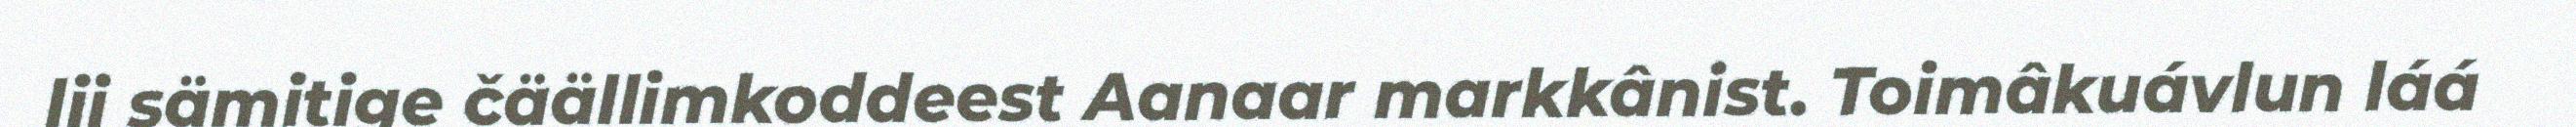
lii sämitige čäällimkoddeest Aanaar markkânist. Toimâkuávlun láá